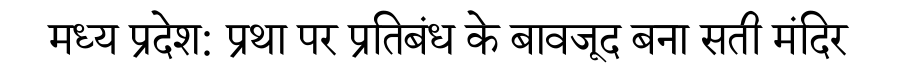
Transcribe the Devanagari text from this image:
मध्य प्रदेश: प्रथा पर प्रतिबंध के बावजूद बना सती मंदिर